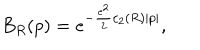
LaTeX: B _ { R } ( p ) = e ^ { - \frac { e ^ { 2 } } { 2 } c _ { 2 } ( R ) | p | } ,